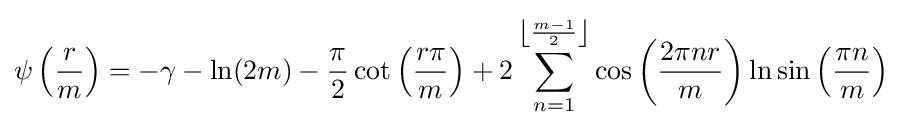
\psi \left({\frac {r}{m}}\right)=-\gamma -\ln(2m)-{\frac {\pi }{2}}\cot \left({\frac {r\pi }{m}}\right)+2\sum _{n=1}^{\left\lfloor {\frac {m-1}{2}}\right\rfloor }\cos \left({\frac {2\pi nr}{m}}\right)\ln \sin \left({\frac {\pi n}{m}}\right)